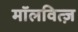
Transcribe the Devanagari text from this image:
मॉलवित्ज़